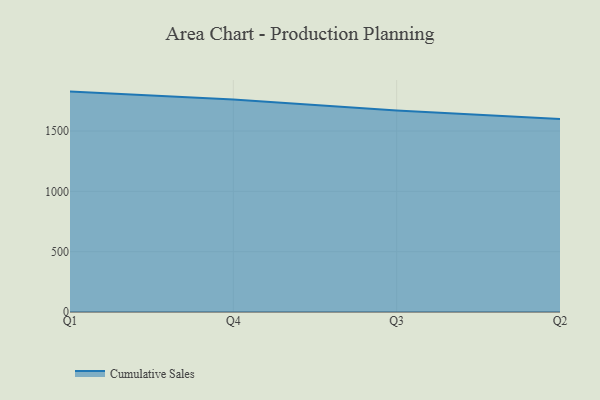
{"axis": {"x": "Quarter", "y": "Active Users"}, "legend": ["Cumulative Sales"], "data": [{"x": "Q1", "y": 1826.7, "type": "Cumulative Sales"}, {"x": "Q4", "y": 1761.6, "type": "Cumulative Sales"}, {"x": "Q3", "y": 1669.2, "type": "Cumulative Sales"}, {"x": "Q2", "y": 1600.6, "type": "Cumulative Sales"}]}